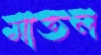
মাতল